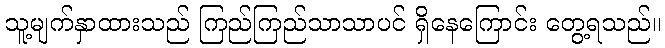
သူ့မျက်နှာထားသည် ကြည်ကြည်သာသာပင် ရှိနေကြောင်း တွေ့ရသည်။